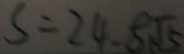
S = 2 4 . 5 \sqrt { 5 }